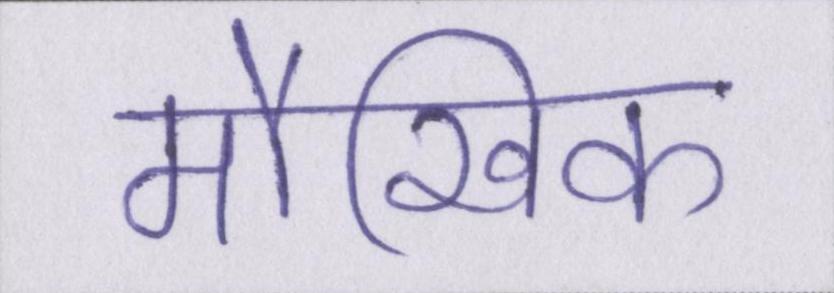
मौखिक